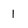
Character: 1